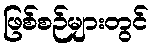
ဖြစ်စဉ်များတွင်